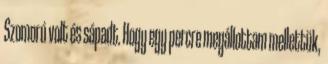
Szomorú volt és sápadt. Hogy egy percre megállottam mellettük,